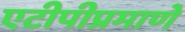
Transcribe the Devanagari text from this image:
एटीपीप्रमाणे